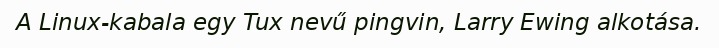
A Linux-kabala egy Tux nevű pingvin, Larry Ewing alkotása.